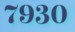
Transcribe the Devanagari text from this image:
७९३०